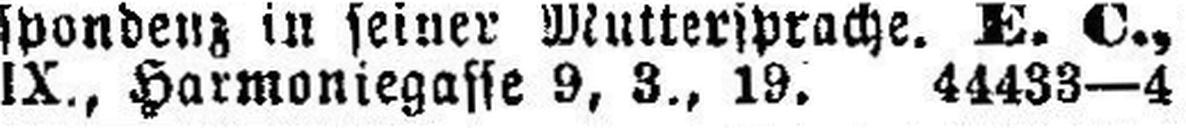
IX., Harmoniegasse 9, 3., 19. 44433—4